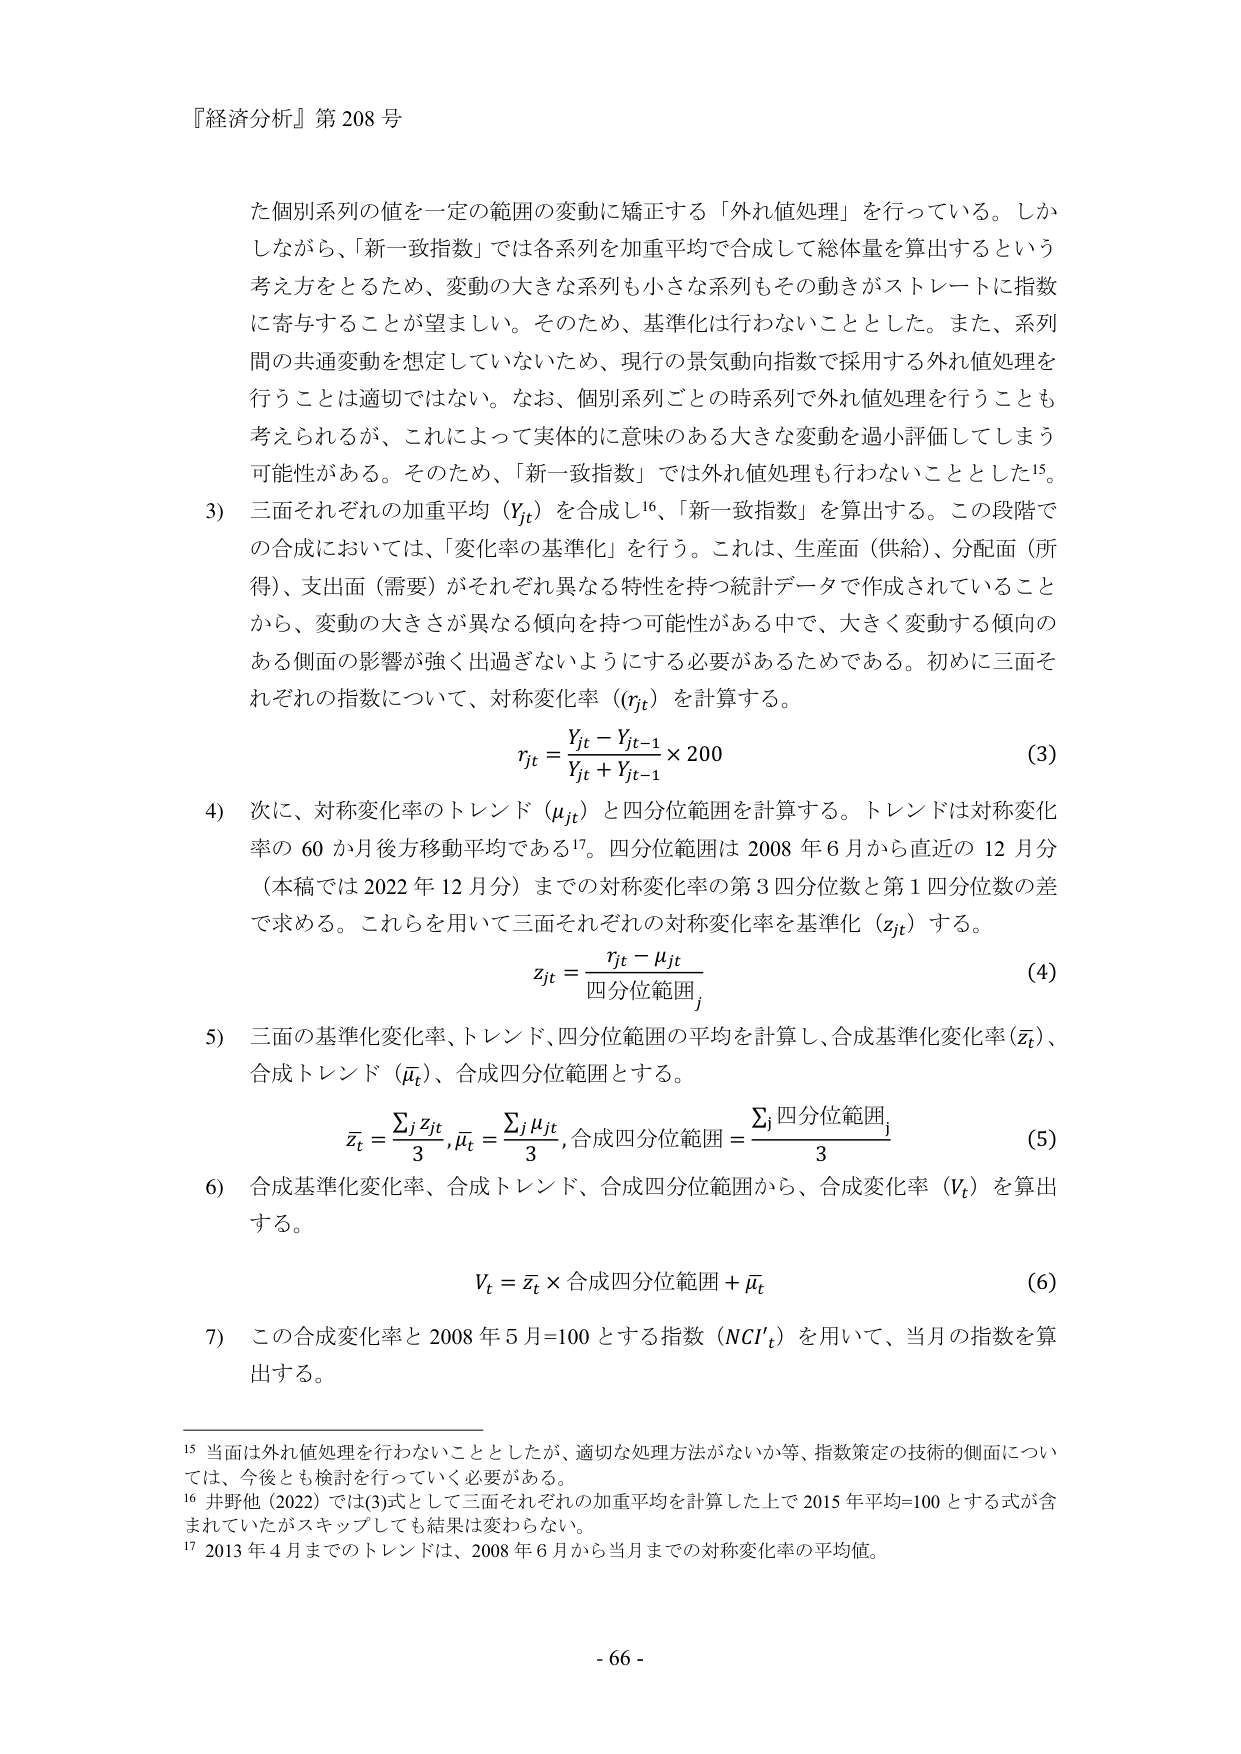
『経済分析』第 208 号

た個別系列の値を一定の範囲の変動に矯正する「外れ値処理」を行っている。しかしながら、「新一致指数」では各系列を加重平均で合成して総体量を算出するという考え方をとるため、変動の大きな系列も小さな系列もその動きがストレートに指数に寄与することが望ましい。そのため、基準化は行わないこととした。また、系列間の共通変動を想定していないため、現行の景気動向指数で採用する外れ値処理を行うことは適切ではない。なお、個別系列ごとの時系列で外れ値処理を行うことも考えられるが、これによって実体的に意味のある大きな変動を過小評価してしまう可能性がある。そのため、「新一致指数」では外れ値処理も行わないこととした¹⁵。

3) 三面それぞれの加重平均（Yjt）を合成し¹⁶、「新一致指数」を算出する。この段階での合成においては、「変化率の基準化」を行う。これは、生産面（供給）、分配面（所得）、支出面（需要）がそれぞれ異なる特性を持つ統計データで作成されていることから、変動の大きさが異なる傾向を持つ可能性がある中で、大きく変動する傾向のある側面の影響が強く出過ぎないようにする必要があるためである。初めに三面それぞれの指数について、対称変化率（rjt）を計算する。

rjt = (Yjt - Yjt-1) / (Yjt + Yjt-1) × 200  (3)

4) 次に、対称変化率のトレンド（μjt）と四分位範囲を計算する。トレンドは対称変化率の 60 か月後方移動平均である¹⁷。四分位範囲は 2008 年 6 月から直近の 12 月分（本稿では 2022 年 12 月分）までの対称変化率の第 3 四分位数と第 1 四分位数の差で求める。これらを用いて三面それぞれの対称変化率を基準化（zjt）する。

zjt = (rjt - μjt) / 四分位範囲j  (4)

5) 三面の基準化変化率、トレンド、四分位範囲の平均を計算し、合成基準化変化率（zt）、合成トレンド（μt）、合成四分位範囲とする。

zt = Σj zjt / 3, μt = Σj μjt / 3, 合成四分位範囲 = Σj 四分位範囲j / 3  (5)

6) 合成基準化変化率、合成トレンド、合成四分位範囲から、合成変化率（Vt）を算出する。

Vt = zt × 合成四分位範囲 + μt  (6)

7) この合成変化率と 2008 年 5 月=100 とする指数（NCIt）を用いて、当月の指数を算出する。

¹⁵ 当面は外れ値処理を行わないこととしたが、適切な処理方法がないか等、指数策定の技術的側面については、今後とも検討を行っていく必要がある。

¹⁶ 井野他（2022）では(3)式として三面それぞれの加重平均を計算した上で 2015 年平均=100 とする式が含まれていたがスキップしても結果は変わらない。

¹⁷ 2013 年 4 月までのトレンドは、2008 年 6 月から当月までの対称変化率の平均値。

- 66 -